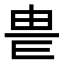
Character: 𤰴